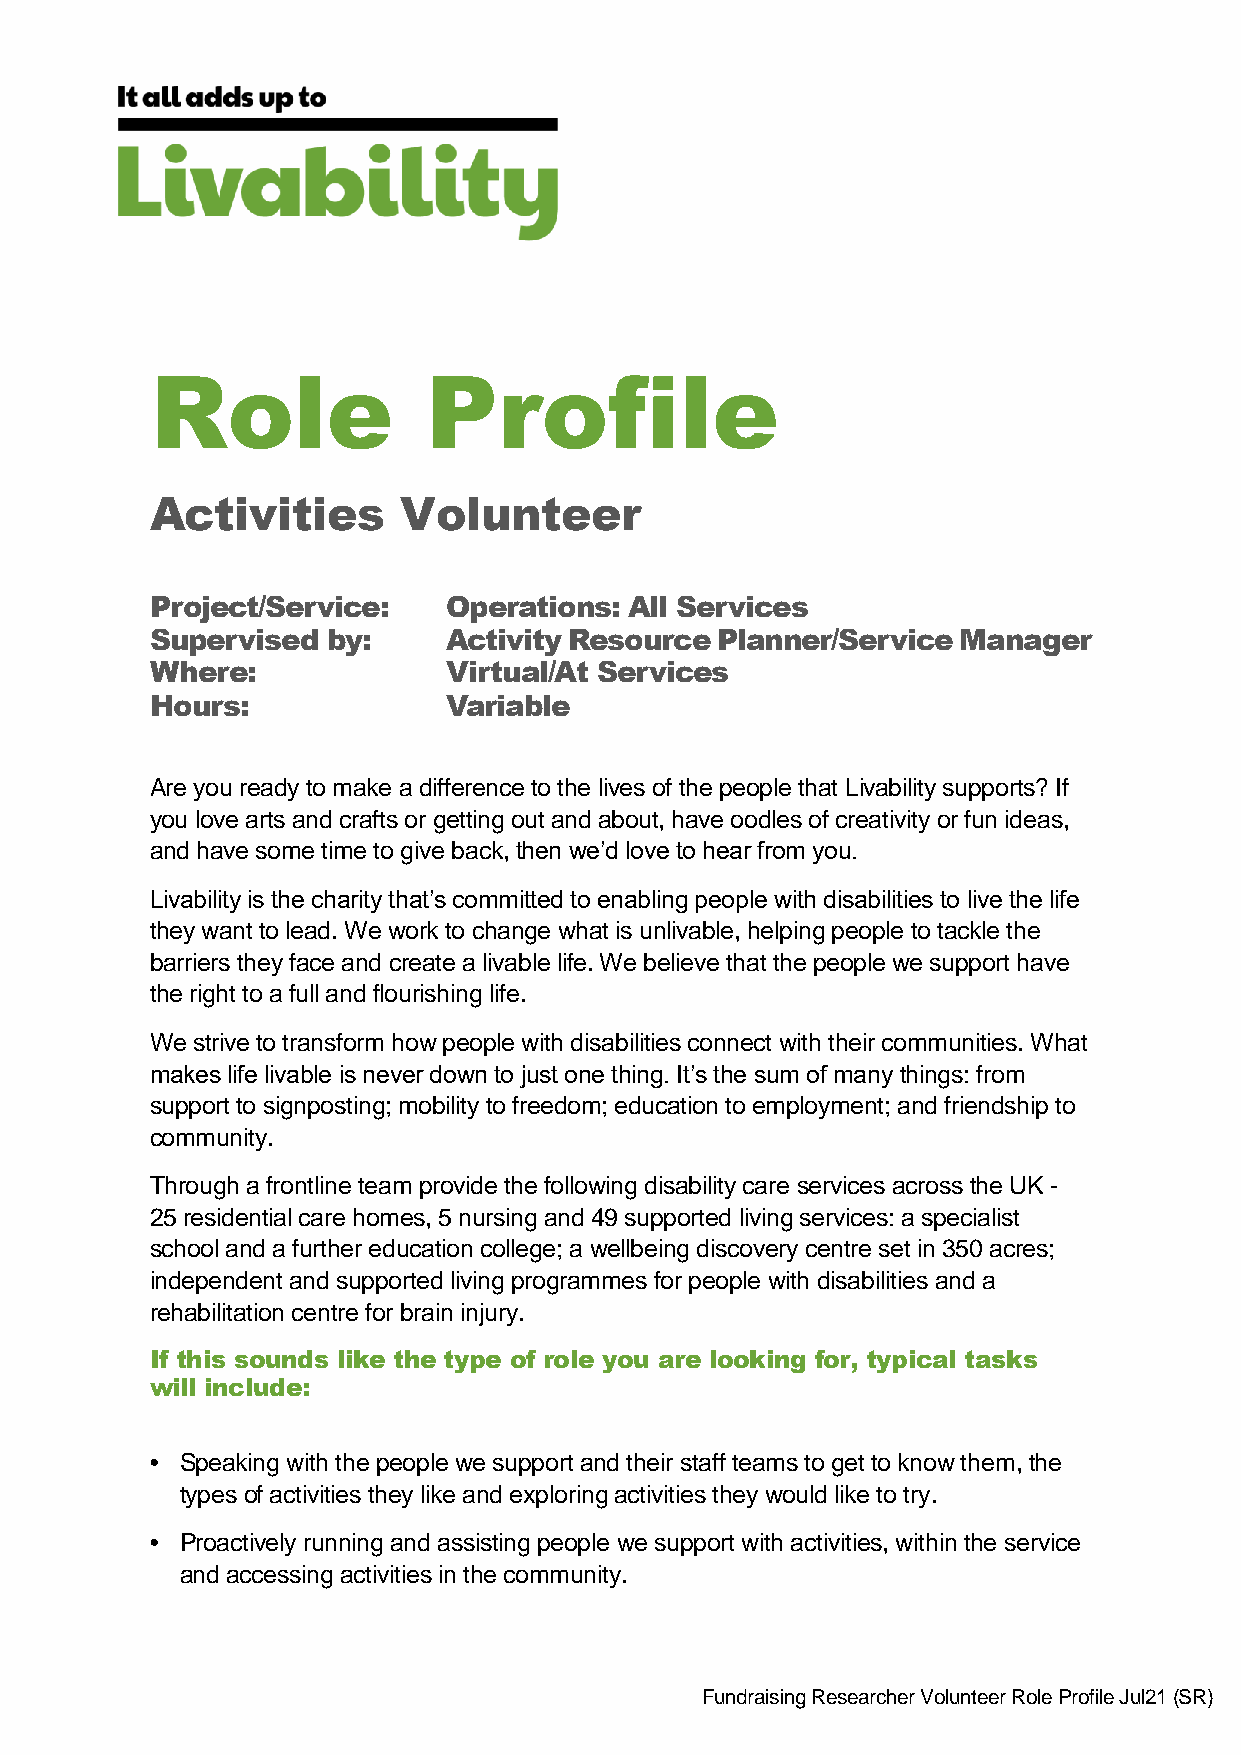
Role              Profile
 Activities      Volunteer
 Project/Service:    Operations: All Services
 Supervised  by:     Activity Resource Planner/Service Manager
 Where:              Virtual/At Services
 Hours:              Variable
 Are you ready to make a difference to the lives of the people that Livability supports? If
 you love arts and crafts or getting out and about, have oodles of creativity or fun ideas,
 and have some time to give back, then we’d love to hear from you.
 Livability is the charity that’s committed to enabling people with disabilities to live the life
 they want to lead. We work to change what is unlivable, helping people to tackle the
 barriers they face and create a livable life. We believe that the people we support have
 the right to a full and flourishing life.
 We strive to transform how people with disabilities connect with their communities. What
 makes life livable is never down to just one thing. It’s the sum of many things: from
 support to signposting; mobility to freedom; education to employment; and friendship to
 community.
 Through a frontline team provide the following disability care services across the UK -
 25 residential care homes, 5 nursing and 49 supported living services: a specialist
 school and a further education college; a wellbeing discovery centre set in 350 acres;
 independent and supported living programmes for people with disabilities and a
 rehabilitation centre for brain injury.
 If this sounds like the type of role you are looking for, typical tasks
 will include:
 • Speaking with the people we support and their staff teams to get to know them, the
 types of activities they like and exploring activities they would like to try.
 • Proactively running and assisting people we support with activities, within the service
 and accessing activities in the community.
 Fundraising Researcher Volunteer Role Profile Jul21 (SR)